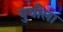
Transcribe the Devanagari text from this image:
युवीला